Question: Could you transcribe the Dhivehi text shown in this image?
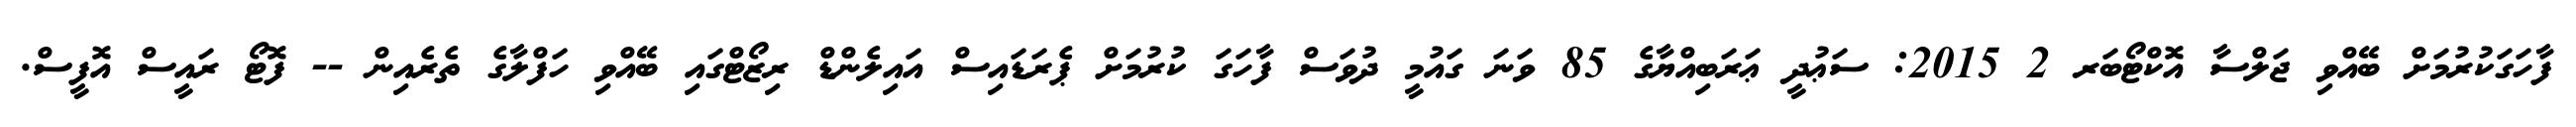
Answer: ފާހަގަކުރުމަށް ބޭއްވި ޖަލްސާ އޮކްޓޯބަރ 2 2015: ސަޢުދީ ޢަރަބިއްޔާގެ 85 ވަނަ ގައުމީ ދުވަސް ފާހަގަ ކުރުމަށް ޕެރަޑައިސް އައިލެންޑް ރިޒޯޓްގައި ބޭއްވި ހަފްލާގެ ތެރެއިން -- ފޮޓޯ ރައީސް އޮފީސް.